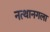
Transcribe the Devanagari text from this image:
नत्थानगला